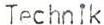
Technik